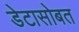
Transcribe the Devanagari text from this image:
डेटासोबत